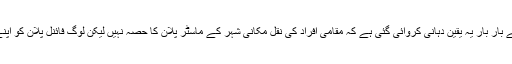
اگرچہ صوبائی حکومت اور ڈی ڈی اے کی جانب سے بار بار یہ یقین دہانی کروائی گئی ہے کہ مقامی افراد کی نقل مکانی شہر کے ماسٹر پلان کا حصہ نہیں لیکن لوگ فائنل پلان کو اپنے سامنے دیکھ لینے کے بعد ہی مطمئن ہوسکیں گے۔